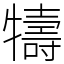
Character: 㹗